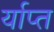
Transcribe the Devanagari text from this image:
र्याप्त